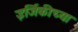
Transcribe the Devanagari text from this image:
इर्जिकीच्या